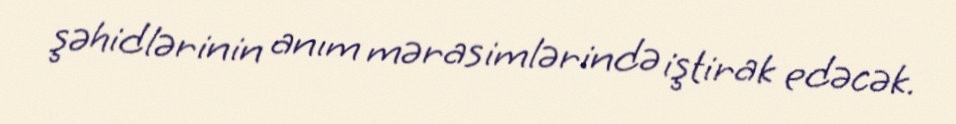
şəhidlərinin anım mərasimlərində iştirak edəcək.